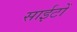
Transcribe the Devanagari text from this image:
साईटों